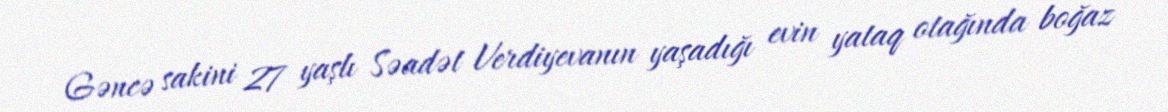
Gəncə sakini 27 yaşlı Səadət Verdiyevanın yaşadığı evin yataq otağında boğaz